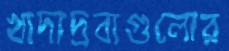
খাদ্যদ্রব্যগুলোর